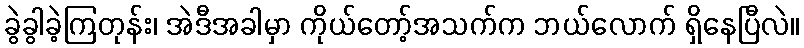
ခွဲခွါခဲ့ကြတုန်း၊ အဲဒီအခါမှာ ကိုယ်တော့်အသက်က ဘယ်လောက် ရှိနေပြီလဲ။